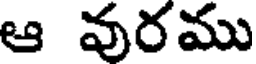
ఆ వరము